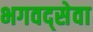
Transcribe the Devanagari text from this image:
भगवद्सेवा